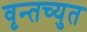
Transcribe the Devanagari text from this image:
वृन्तच्युत